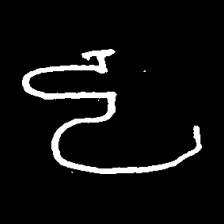
Pyu character \u2014 Myanmar letter: ဠ (romanized: lla)